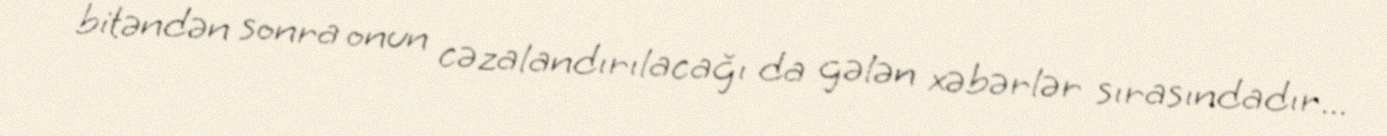
bitəndən sonra onun cəzalandırılacağı da gələn xəbərlər sırasındadır...